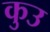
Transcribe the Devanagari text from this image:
कुउ